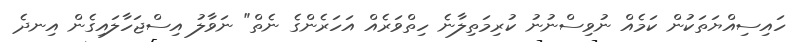
ހައިސިއްޔަތަކުން ކަމެއް ނުވިސްނުނު ކުރިމަތިލާނެ ހިތްވަރެއް އަހަރެންގެ ނެތް" ނަވާލު އިސްޖަހާލައިގެން އިނދެ